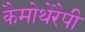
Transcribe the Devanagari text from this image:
कैमोथेरैपी